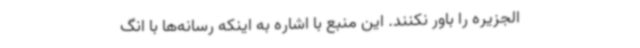
الجزیره را باور نکنند. این منبع با اشاره به اینکه رسانه‌ها با انگ